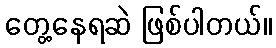
တွေ့နေရဆဲ ဖြစ်ပါတယ်။